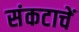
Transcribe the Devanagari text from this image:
संकटाचें